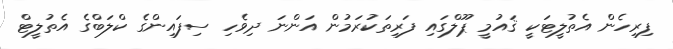
ފިރިހެން އެތުލީޓަކީ ޤައުމީ ޕޫލްގައި ފަރިތަކުރަމުން އަންނަ ދިވެހި ސިފައިންގެ ކްލަބްގެ އެތުލީޓް